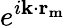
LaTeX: e^{i\mathbf{k\cdot r_{m}}}